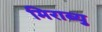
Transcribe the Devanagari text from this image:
मिराब्यु